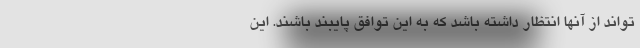
‌تواند از آنها انتظار داشته باشد که به این توافق پایبند باشند. این